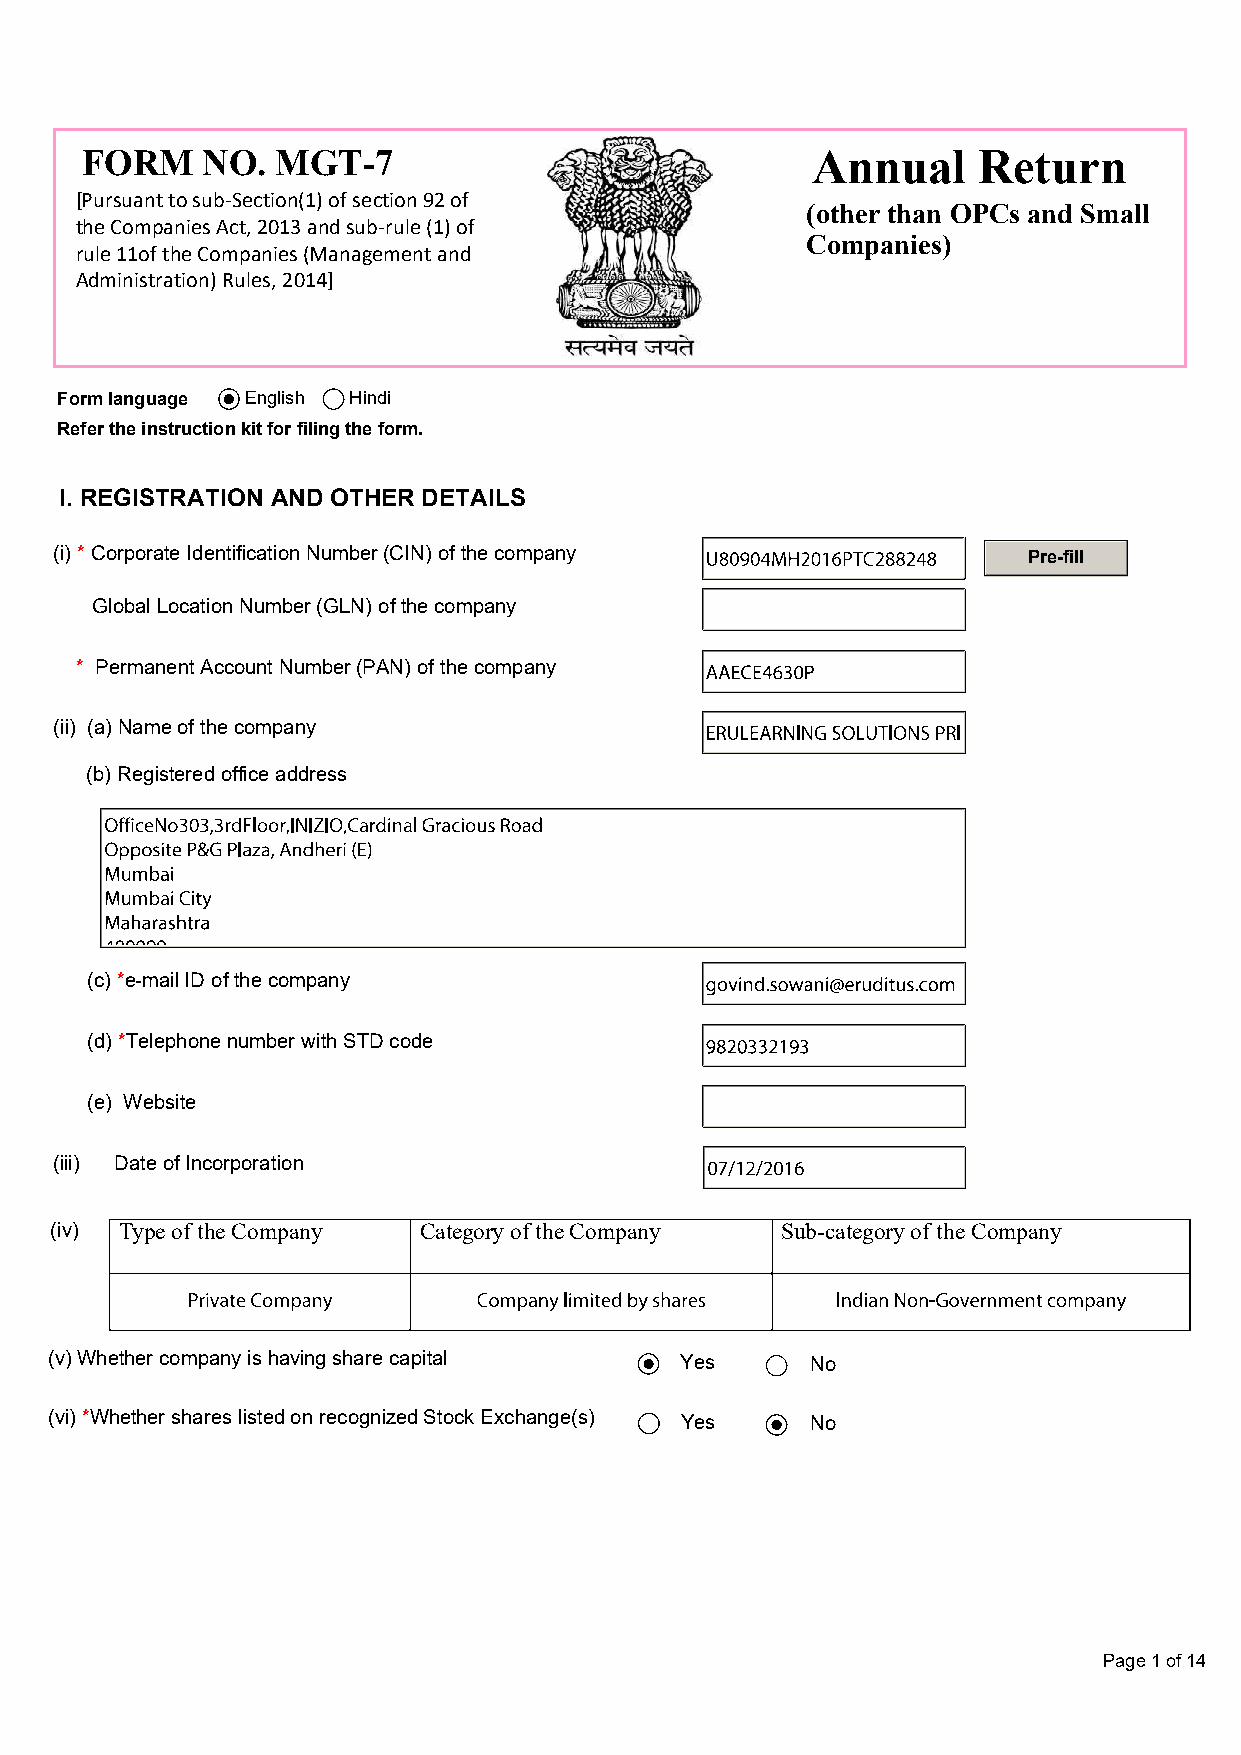
FORM    NO.  MGT-7                               Annual     Return
 [Pursuant to sub-Section(1) of section 92 of
 (other than OPCs and Small
 the Companies Act, 2013 and sub-rule (1) of
 Companies)
 rule 11of the Companies (Management and
 Administration) Rules, 2014]
 Form language English Hindi
 Refer the instruction kit for filing the form.
 I. REGISTRATION AND OTHER DETAILS
 (i) * Corporate Identification Number (CIN) of the company      Pre-fill
 Global Location Number (GLN) of the company
 * Permanent Account Number (PAN) of the company
 (ii) (a) Name of the company
 (b) Registered office address
 (c) *e-mail ID of the company
 (d) *Telephone number with STD code
 (e) Website
 (iii) Date of Incorporation
 (iv) Type of the Company Category of the Company Sub-category of the Company
 (v) Whether company is having share capital Yes    No
 (vi) *Whether shares listed on recognized Stock Exchange(s) Yes No
 Page 1 of 14